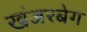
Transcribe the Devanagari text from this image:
खंजरबेग